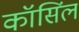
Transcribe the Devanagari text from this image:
कॉसिंल